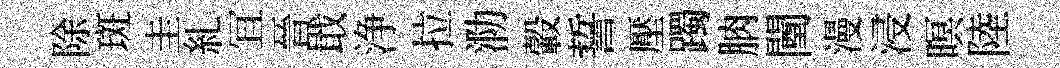
除斑圭糺冝晉戢浄拉泐轂誓壓躅朒闉漫浸暝陸